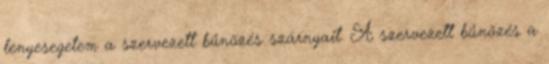
lenyesegetem a szervezett bűnözés szárnyait. A szervezett bűnözés a